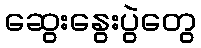
ဆွေးနွေးပွဲတွေ